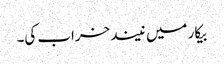
بیکار میں نیند خراب کی۔